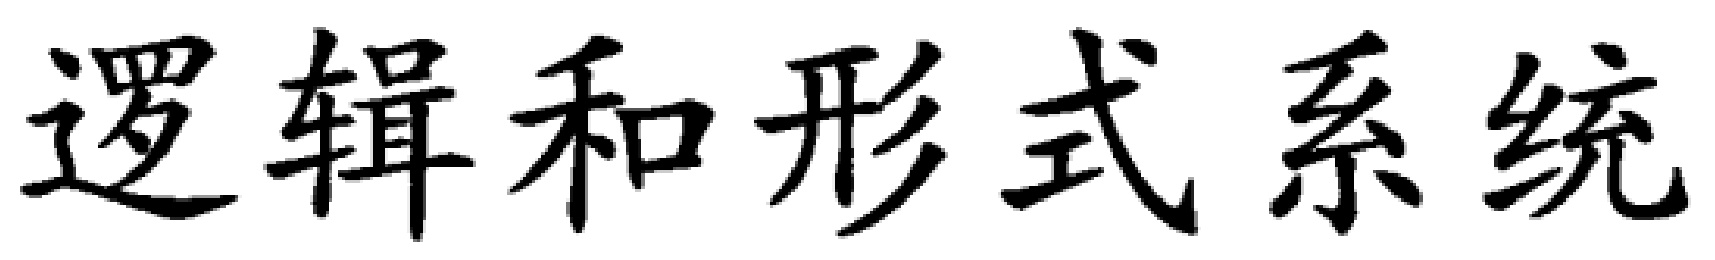
逻辑和形式系统